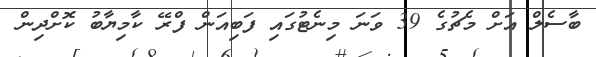
ބާސެލް އަށް މެޗުގެ 39 ވަނަ މިނެޓުގައި ފަބިއަން ފްރޭ ކާމިޔާބު ކޮށްދިން